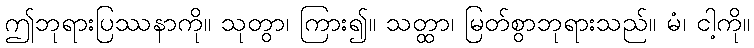
ဤဘုရားပြဿနာကို။ သုတွာ၊ ကြား၍။ သတ္ထာ၊ မြတ်စွာဘုရားသည်။ မံ၊ ငါ့ကို။